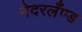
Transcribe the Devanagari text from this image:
नेदरलँण्ड